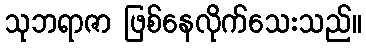
သုဘရာဇာ ဖြစ်နေလိုက်သေးသည်။